Rapla_vallavalitsus, lk 18
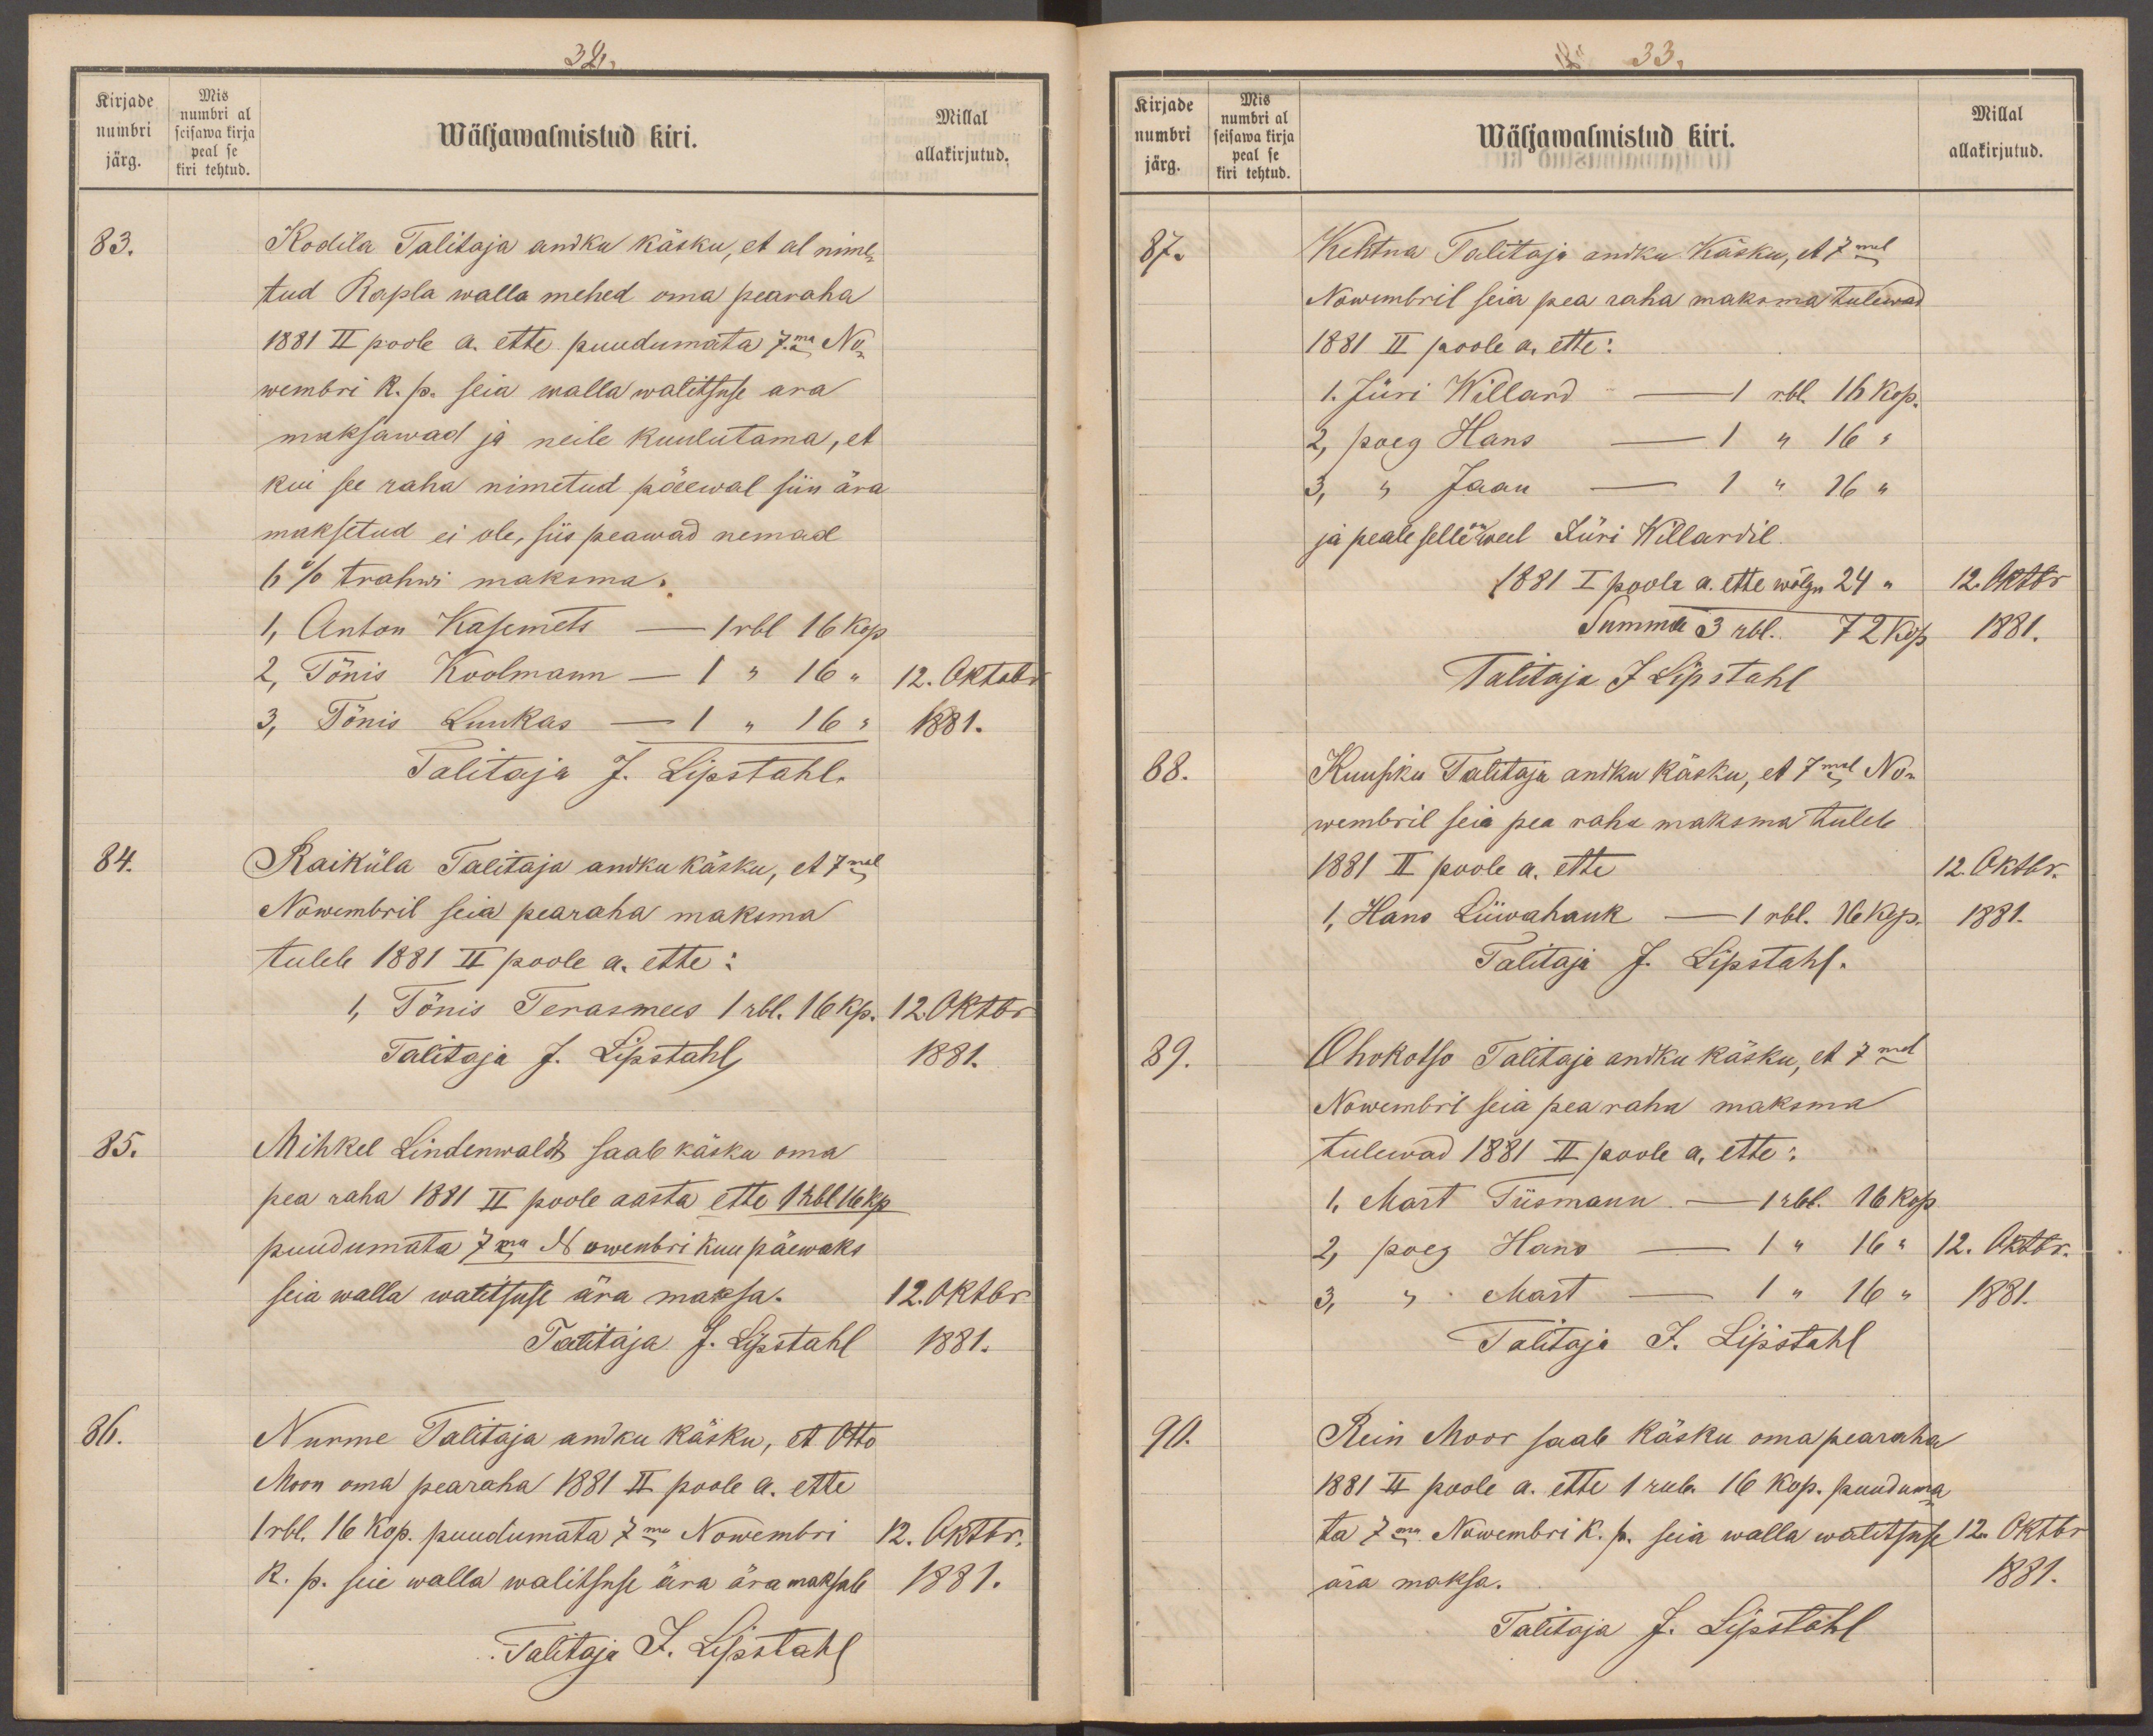
32.
Kirjade
Mis
numbri al
numbri
seisawa kirja
Millal
järg.
allakirjutud.
Wäljawalmistud kiri.
kiri tehtud
83.
Kodila Talitaja andku käsku, et eel nime-
tud Rapla walla mehed oma pearaha
1881 II poole a. ette puudumata 7ma No-
wembri R.p. seia walla walitsuse ara
maksawad ja neile kuulutama, et
kui see raha nimetud päewal siin ära
maksetud ei ole, siis peawad nemad
6% trahwi maksma.
1, Anton Kasemets - 1 rbl 16 kop
2, Tõnis Koolmann - 1 " 16 "
12. Oktobr
3, Tõnis Luukas - 1 " 16 "
1881.
Talitaja J. Lipstahl.
84.
Raiküla Talitaja andku käsku, et 7mal
Nowembril seia pearaha maksma
tuleb 1881 II poole a. ette:
1, Tõnis Terasmees 1 rbl. 16 kp.
12. Oktbr
Talitaja J. Lipstahl
1881.
85.
Mihkel Lindenwaldt saab käsku oma
pea raha 1881 II poole aasta ette 1 rbl 16 kp.
puudumata 7ma Nowembri kuu päewaks
seia walla walitsuse ära maksa.
12. Oktbr.
Talitaja J. Lipstahl
1881.
36.
Nurme Talitaja andku käsku, et Otto
Moon oma pearaha 1881 II poole a. ette
1 rbl. 16 kop. puudumata 7ma Nowembri
12. Oktbr.
R. p. seie walla walitsuse ära äramaksab
1881.
Talitaja J. Lipstahl

33.
Kirjade
Mis
Millal
numbri al
numbri
seisawa kirja
Wäljawalmistud kiri.
allakirjutud.
peal se
järg.
kiri tehtud.
allakirjutud.
87.
Kehtna Talitaja andku Käsku, et 7mal
Nowembril seia pea raha maksma tulewad
1881 II poole a. ette:
1. Jüri Willard - 1 rbl. 16 kop.
2, poeg Hans - 1 " 16 "
3,  „  Jaan - 1 " 16 "
ja peale selle on weel Jüri Willardil.
1881 I poole a. ette wõlgu 24 "
12. Oktbr
Summa 3 rbl. 72 Kop.
1881.
Talitaja J Lipstahl
88.
Kuusiku Talitaja andku käsku, et 7mal No-
wembril seia pea raha maksma tuleb
1881 II poole a. ette
12. Oktbr.
1, Hans Liiwahauk - 1 rbl. 16 kop.
1881.
Talitaja J. Lipstahf.
89.
Ohukotso Talitaja andku käsku, et 7mal
Nowembril seia pea raha maksma
tulewad 1881 II poole a. ette:
1, Mart Tiismann - 1 rbl. 16 kop.
2, poeg Hans - 1 " 16 "
12. Oktbr.
3,  "  Mart - 1 " 16 "
1881.
Talitaja J. Lipstahl
90.
Rein Moor saab käsku oma pearaha
1881 II poole a. ette 1 rub. 16 kop. puuduma
ta 7ma Nowembri k. p. seia walla walitsuse
OKtbr
ära maksa.
1881.
Talitaja J. Lipstahl